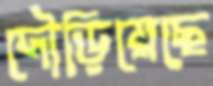
দৌড়িয়েছে